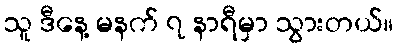
သူ ဒီနေ့ မနက် ၇ နာရီမှာ သွားတယ်။